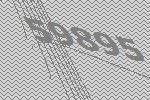
59895